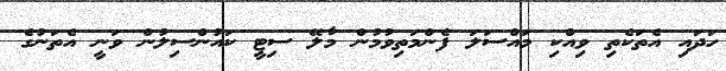
ހަދައި އެތަކެތި ވިއްކި މައްސަލަ ފެންމަތިވުމުން މާލޭ ސިޓީ ކައުންސިލުން ވަނީ އެތަނުގެ